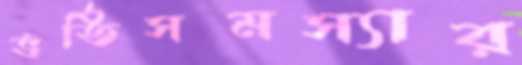
ভর্তিসমস্যার